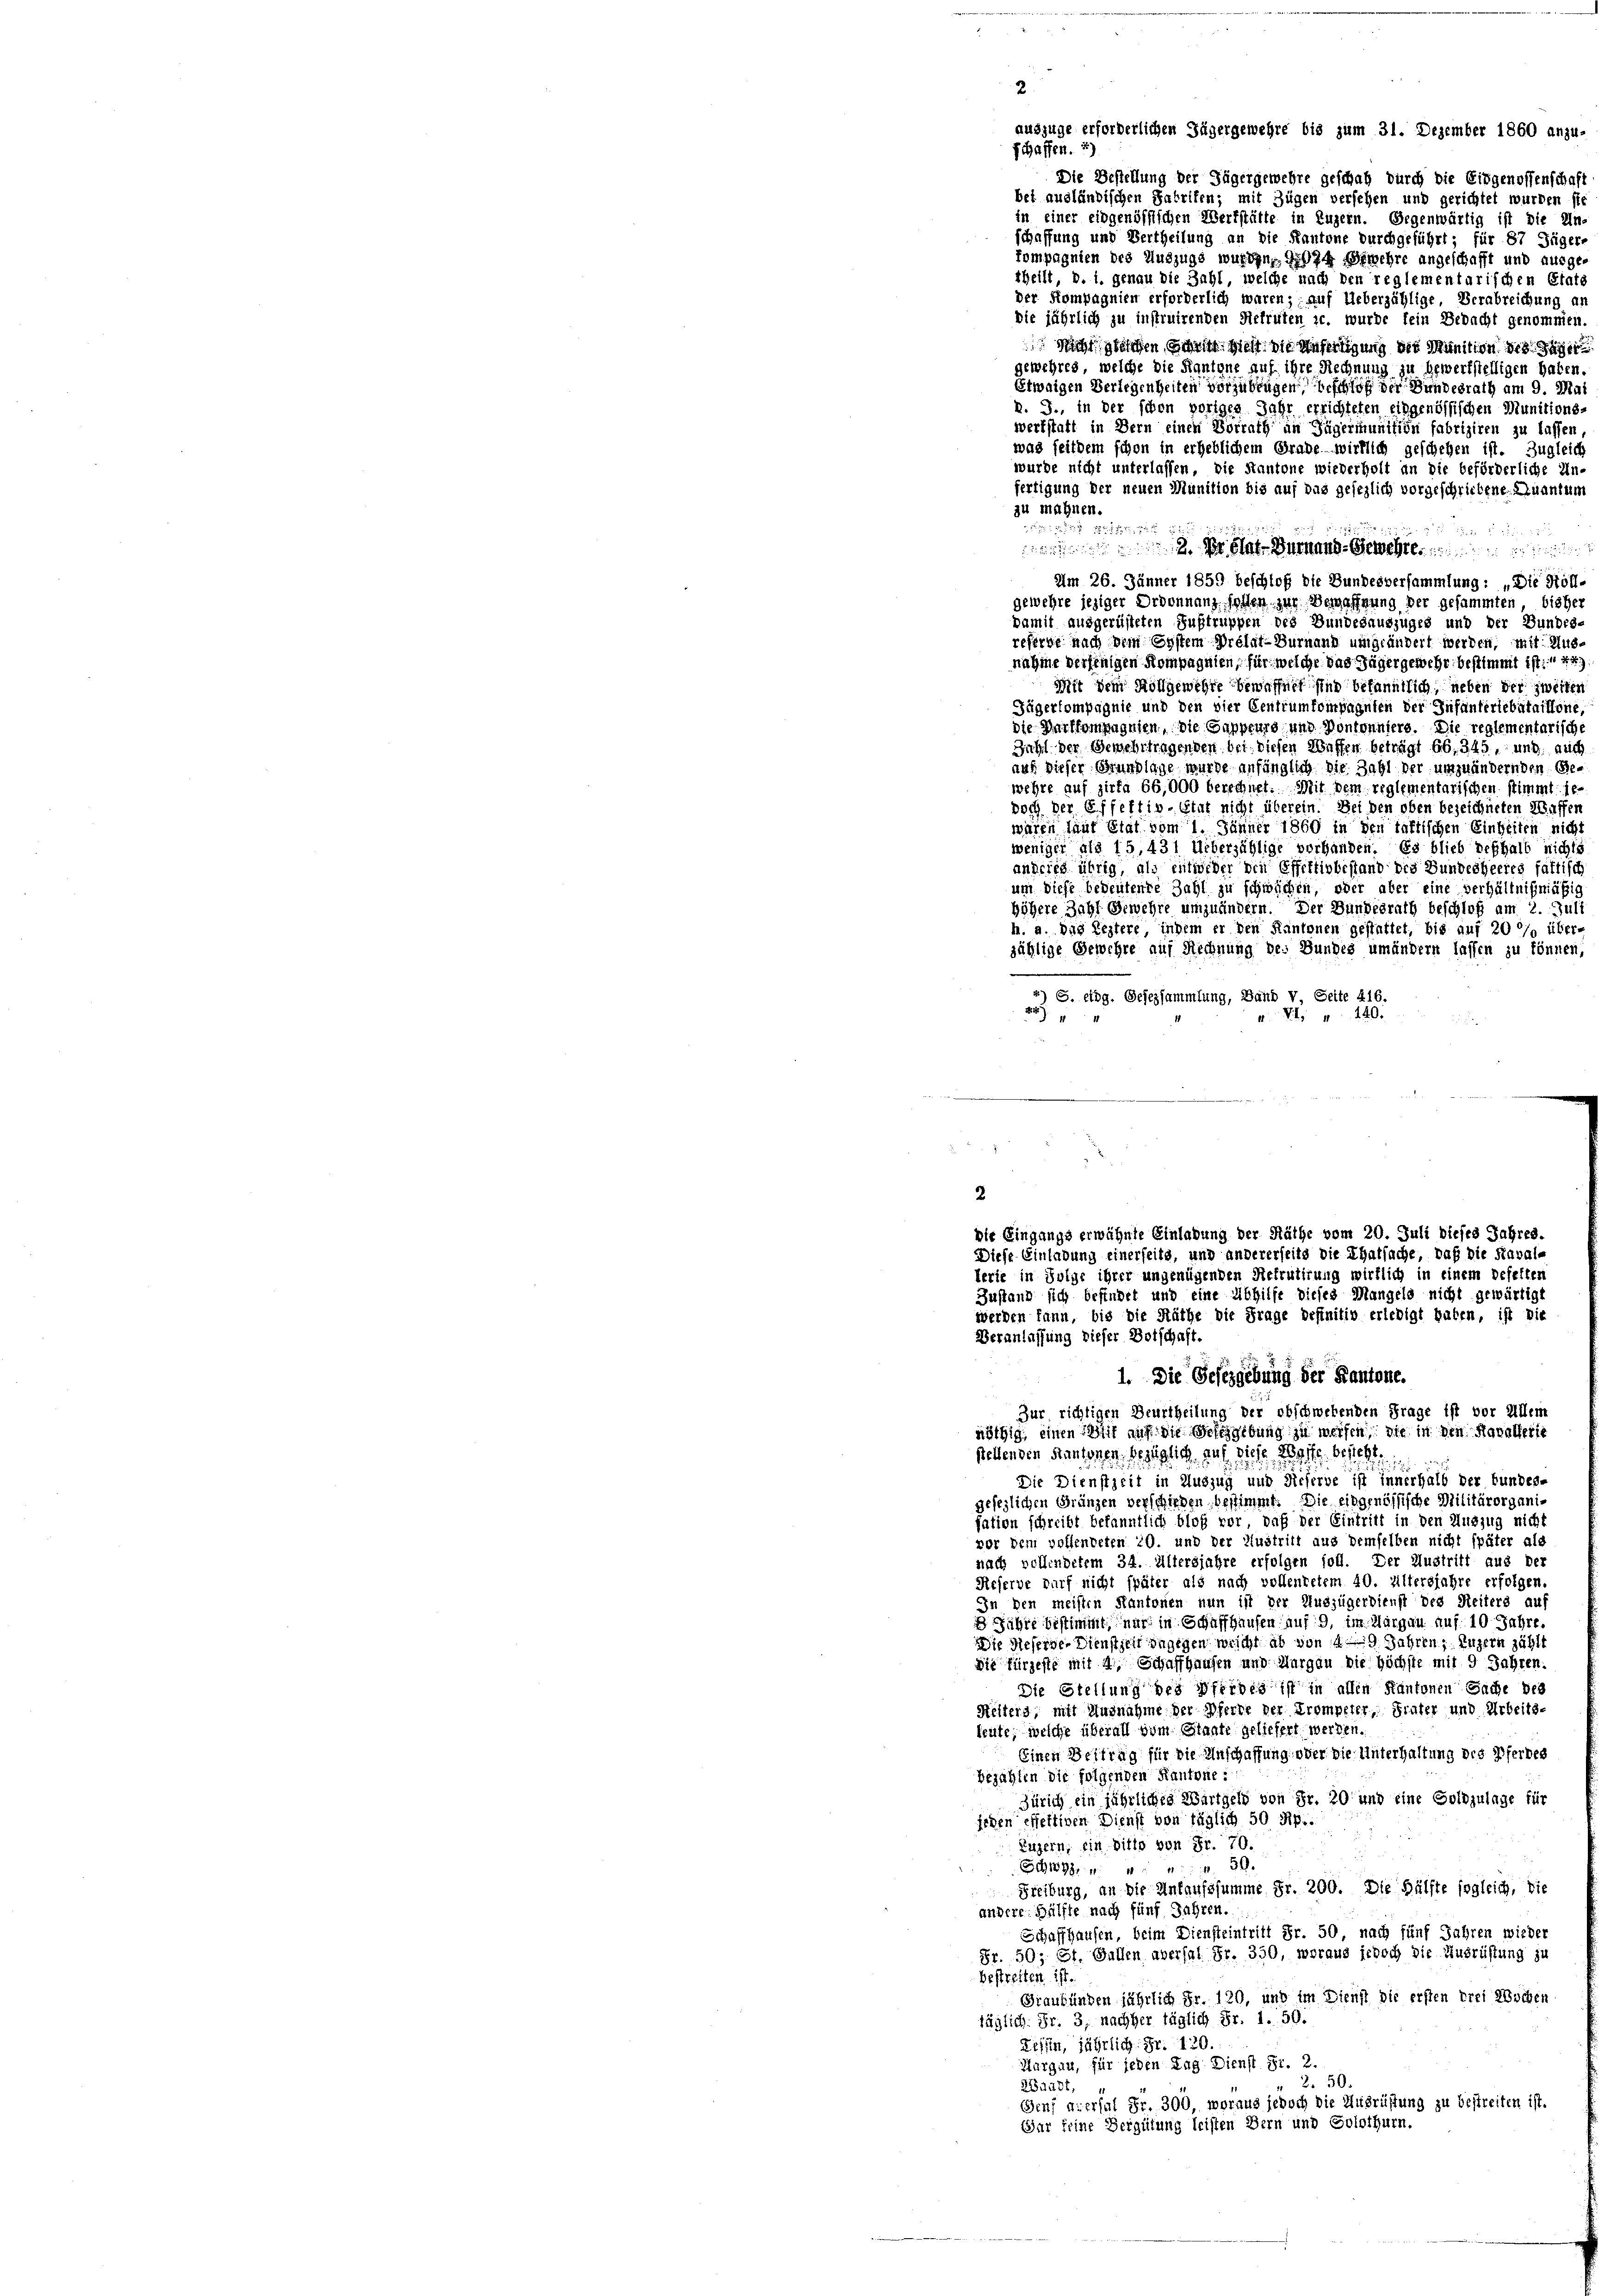
2
auszüge erforderlichen Zügergewehre bis zum 31. Dezember 1860 anzu-
schaffen. *)
Die Bestellung der Jägergewehre geschah durch die Eidgenossenschaft
bei ausländischen Fabrifen; mit Zügen versehen und gerichtet wurden sic
in einer eidgenössischen Werkstätte in Luzern. Gegenwärtig ist die Un-
schaffung und Vertheilung an die Kantone durchgeführt; für 87 Jäger-
fompagnien des Auszugs wurden, 1074 Gewehre angeschafft und ausge
theilt, d. i. genau die Zahl, welche nach den reglementarischen Etats
der Kompagnien erforderlich waren; auf Ueberzählige, Verabreichung an
die jährlich zu instruirenden Rekruten c. wurde sein Bedacht genommen.
Nicht geschen Jahre geht die Anfertigung des Munition des
gewehret, welche die Kantone auf ihre Rechnung zu bewerkstelligen haben.
Etwaigen Verlegenheiten vorzubrügen beschloß der Bundesrath am 9. Mai
k. J., in der schon voriges Jahr errichteten eingenössischen Munitions-
werkstatt in Bern einen Vorrath an Jägermunition fabriziren zu lassen,
was seitdem schon in erheblichem Grade wirklich geschehen ist. Zugleich
wurde nicht unterlassen, die Kantone wiederholt an die beförderliche Un-
fertigung der neuen Munition bis auf das gesezlich vorgeschriebenen Quantum
zu mahnen.
 18 x

claturand Gewehre
Am 26. Jänner 1859 beschloß die Bundesversammlung: „Die Höffgewehre jeziger Ordonnanz hoffen zur Bewaffnung der gesammten, bisher
pamit ausgerüsteten Sustruppen des Bundesauszuges und der Bundes-
referde nach dem System Prélat-Burnaun umgeändert werden, mit Ausnahme derjenigen Kompagnien, für welche das Jäger gewehr bestimmt ist. Er
Mit dem Rollgewehre bewaffnet sind bekanntlich, neben der zweiten
Fügerkompagnie und den vier Centrumfompagnien der Infanterlebataillone,
die Darffompagnien, die Gappeurs und Pontonniers. Die reglementarische
Zahl der Gewehrtragenden bei diesen Waffen beträgt 66, 345, und auch
auf dieser Grundlage wurde anfänglich die Zahl der umzuändernden Bewehre auf zirka 66,000 berechnet. Mit dem reglementarischen stimmt se
doch der Effektiv-Etat nicht überein. Bei den oben bezeichneten Waffen
wären laut Etat vom 1. Jänner 1860 in den Taktischen Einheiten nicht
weniger als 15,431 Ueberzählige vorhanden. Es blieb deshalb nichts
andries übrig, als entweder den Effektivbestand des Bundesheeres fattisch
um diese bedeutende Zahl zu schwächen, oder aber eine verhältnißmäßig
höhere Zahl Gewehre umzuändern. Der Bundesrath beschloß am 2. Juli
h. a. Die Leztere, indem er den Kantonen gestattet, bis auf 20 %% über-
sählige Gewehre auf Rechnung des Bundes umändern lassen zu können,
*) S. eidg. Gesezsammlung, Band V, Seite 416.
22).
Vt. " 140.
2
2
die Eingangs erwähnte Einladung der Räthe vom 20. Juli dieses Jahres.
Diese Einladung einerseite, und andererseits die Thatsache, daß die Rabal-
lerie in Folge ihrer ungenügenden Refrutirung wirklich in einem Defelten
Zustand sich befindet und eine Abhilfe dieses Mangele nicht gewärtigt
werden kann, bis die Räthe die Frage definitiv erledigt haben, ist die
Veranlassung dieser Botschaft.
1. Die Gesezgebung der Kantone.
Zur richtigen Beurtheilung der obschwebenden Frage ist vor Allem
nöthig, einen Zeit auf die Bestreibung zu weisen, die in den Kavallerie
sehenden Kantonen, besaglich auf diese Beste betref
Die Dienstzeit in Auszug und Reserve ist innerhalb der fundes-
gesezlichen Gränzen verschieden bestimmt. Die eidgenössische Militärorganisation schreibt bekanntlich bloß vor, daß der Eintritt in den Auszug nicht
vor dem vollendeten 20. und der Austritt aus demselben nicht später als
nach vollendetem 34. Altersjahre erfolgen soll. Der Austritt aus Ber
Reserve durf nicht später als nach vollentetem 40. Eltersjahre erfolgen,
In den meisten Kantonen nun ist der Auszügerdienst des Reiters au
3 Jahre bestimmt, nur in Schaffhausen auf 9, im Margau auf 10 Jahre.
Die Deserve-Dienstzeit angegen weicht ab von 49 Jahren, Luzern zählt
Die fürzeste mit 4 Schaffhausen und Aargau die Höchste mit 9 Jahren.
Die Stellung des Pferdes ist in allen Kantonen Sache bes
Reifers, mit Ausnahme der Pferde der Trompeter, Frater und Arbeitsleute, welche überall vom Staate geliefert werden.
Einen Beitrag für die Anschaffung oder die Unterhaltung des Pferbes
bejahten die folgenden Kantone:
Zürich ein jährliches Wartgeld von Fr. 20 und eine Goldzulage für
jeden effettiven Dienst von täglich 50 Rp..
Luzern, ein Vitto von Fr. 70.
Schwyz, . . . 30.
Freiburg, an die Ankaufssumme Fr. 200. Die Hälfte sogleich, die
andere Hälfte nach fünf Jahren.
Schaffhausen, beim Diensteintritt Fr. 50, nach fünf Jahren wieder
Fr. 50; St. Gallen abersal Fr. 350, woraus jedoch die Ausrüstung zu
bestreiten ist.
Graubünden jährlich Fr. 120, und im Dienst die ersten drei Wochen
täglich. Fr. 3, nachher täglich Fr. 1. 50.
Lesen, jährlich Fr. 120
Hurgau, für jeden Tag Dienst Sr. 2.
2. 50.
2Waadt,
Genf a-ersal Fr. 300, woraus jedoch die Ausrüstung zu bestreiten ist.
Gar keine Vergütung leisten Bern und Solothurn.